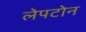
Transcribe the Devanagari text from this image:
लेपटोन